Civil Veterinary Dept. Bombay admin report 1907-1913 - 1907-1913
Year: 1907
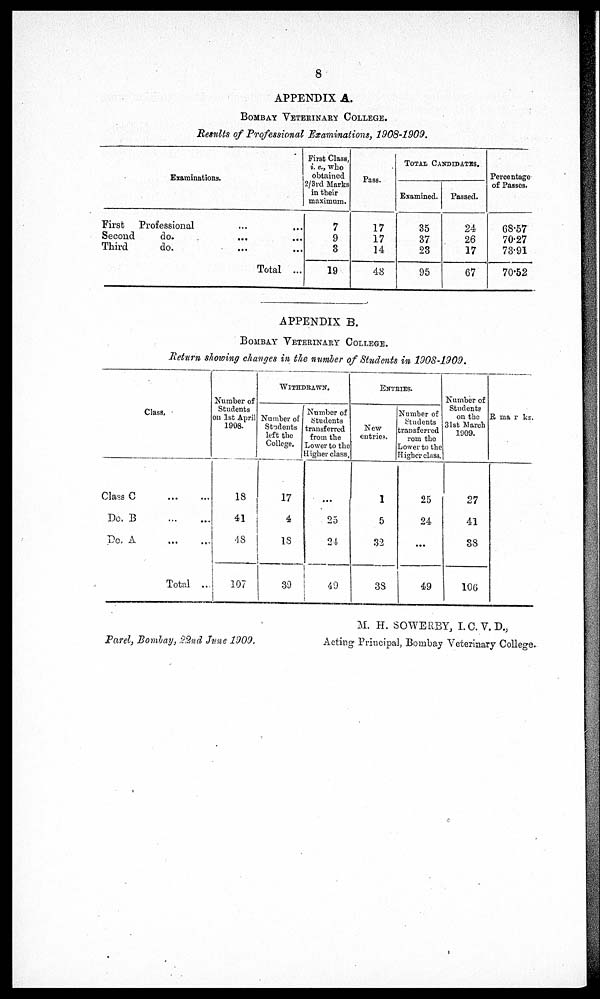
8
APPENDIX A.
Bombay Veterinary College.
Results of Professional Examinations, 1908-1909.
Examinations.
First Professional ... ...
Second
do.
... ...
Third
do. ... ...
Total ...
First Class,
i. e., who
obtained
2/3rd Marks
in their
maximum.
7
9
3
19
Pass.
17
17
14
48
TOTAL Ca
NDIDATES.
Examined.
35
37
23
95
Passed.
24
26
17
67
Percentage
of Passes.
68.57
70.27
73.91
70.52
APPENDIX B.
Bombay Veterinary College.
Return showing changes in the number of Students in 1908-1909.
Class.
Class C
...
...
Do, B
...
...
Do, A
...
...
Total ...
Number of
Students
on 1st April
1908.
18
41
48
107
WITHDRAWN.
Number of
Students
left the
College.
17
4
18
39
Number of
Students
transferred
from the
Lower to the
Higher class.
...
25
24
49
Entries.
New
entries.
1
5
32
38
Number of
Students
transferred
rom the
Lower to the
Higher class.
25
24
...
49
Number of
Students
on the
31st March
1909.
27
41
38
106
Remarks.
M. H. SOWERBY, I.C.V.D.,
Parel, Bombay, 22nd June 1909.
Acting Principal, Bombay Veterinary College.